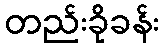
တည်းခိုခန်း